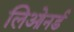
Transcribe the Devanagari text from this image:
लिओनर्ड